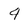
Character: 4